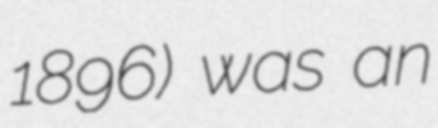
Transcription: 1896) was an